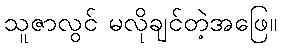
သူဇာလွင် မလိုချင်တဲ့အဖြေ။